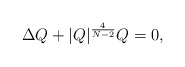
\begin{align*}\Delta Q + |Q|^{\frac{4}{N-2}} Q = 0, \end{align*}